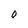
Character: O